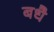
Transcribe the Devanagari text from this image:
बधै